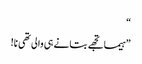
“
”ہیما تجھے بتانے ہی والی تھی نا!